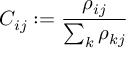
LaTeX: C _ { i j } : = \frac { \rho _ { i j } } { \sum _ { k } \rho _ { k j } }